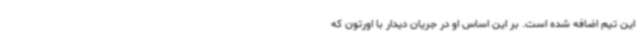
این تیم اضافه شده است. بر این اساس او در جریان دیدار با اورتون که